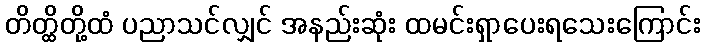
တိတ္ထိတို့ထံ ပညာသင်လျှင် အနည်းဆုံး ထမင်းရှာပေးရသေးကြောင်း